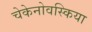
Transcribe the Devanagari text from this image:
चेकेनोवस्किया